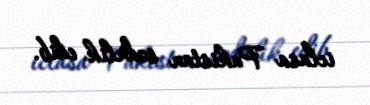
iclasa Pakistan sədrlik edib.